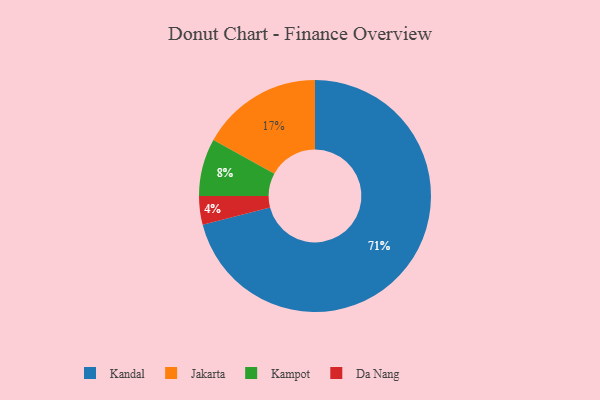
{"axis": {"x": "Category", "y": "Percentage"}, "legend": ["Da Nang", "Jakarta", "Kampot", "Kandal"], "data": [{"x": "Kampot", "y": 8, "type": "Kampot"}, {"x": "Jakarta", "y": 17, "type": "Jakarta"}, {"x": "Kandal", "y": 71, "type": "Kandal"}, {"x": "Da Nang", "y": 4, "type": "Da Nang"}]}